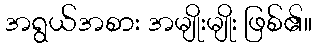
အရွယ်အစား အမျိုးမျိုး ဖြစ်၏။